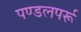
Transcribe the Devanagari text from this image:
पण्डलपर्रू